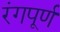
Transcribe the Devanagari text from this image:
रंगपूर्ण